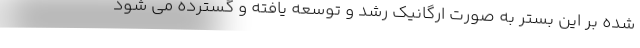
شده بر این بستر به صورت ارگانیک رشد و توسعه یافته و گسترده می شود